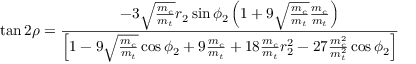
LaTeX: \tan 2 \rho = \frac { - 3 \sqrt { \frac { m _ { c } } { m _ { t } } } r _ { 2 } \sin \phi _ { 2 } \left( 1 + 9 \sqrt { \frac { m _ { c } } { m _ { t } } } \frac { m _ { c } } { m _ { t } } \right) } { \left[ 1 - 9 \sqrt { \frac { m _ { c } } { m _ { t } } } \cos \phi _ { 2 } + 9 \frac { m _ { c } } { m _ { t } } + 1 8 \frac { m _ { c } } { m _ { t } } r _ { 2 } ^ { 2 } - 2 7 \frac { m _ { c } ^ { 2 } } { m _ { t } ^ { 2 } } \cos \phi _ { 2 } \right] }